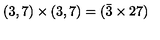
( 3 , 7 ) \times ( 3 , 7 ) = ( \bar { 3 } \times 2 7 )